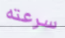
سرعته